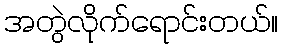
အတွဲလိုက်ရောင်းတယ်။